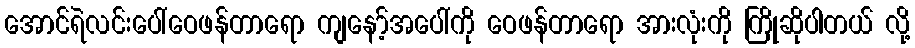
အောင်ရဲလင်းပေါ်ဝေဖန်တာရော ကျနော့်အပေါ်ကို ဝေဖန်တာရော အားလုံးကို ကြိုဆိုပါတယ် လို့